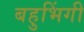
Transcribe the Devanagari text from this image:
बहुभिंगी